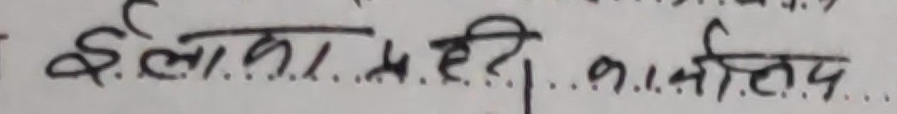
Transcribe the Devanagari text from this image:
ई.ला.का.म.ही.का.स.द.